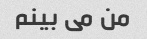
من می بینم